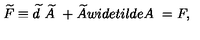
\widetilde { F } \equiv \widetilde { d } \ \widetilde { A } \ + \widetilde { A } w i d e t i l d e { A } \ = F ,